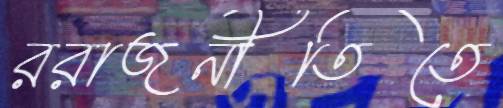
ররাজনীতিতে